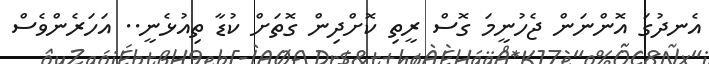
އެނދުގަ އޮންނަން ޖެހުނީމަ ގޮސް ރީތި ކޮށްދިން ގޮތަށް ކުޑާ ތިއުޅެނީ.. އަހަރެންވެސް